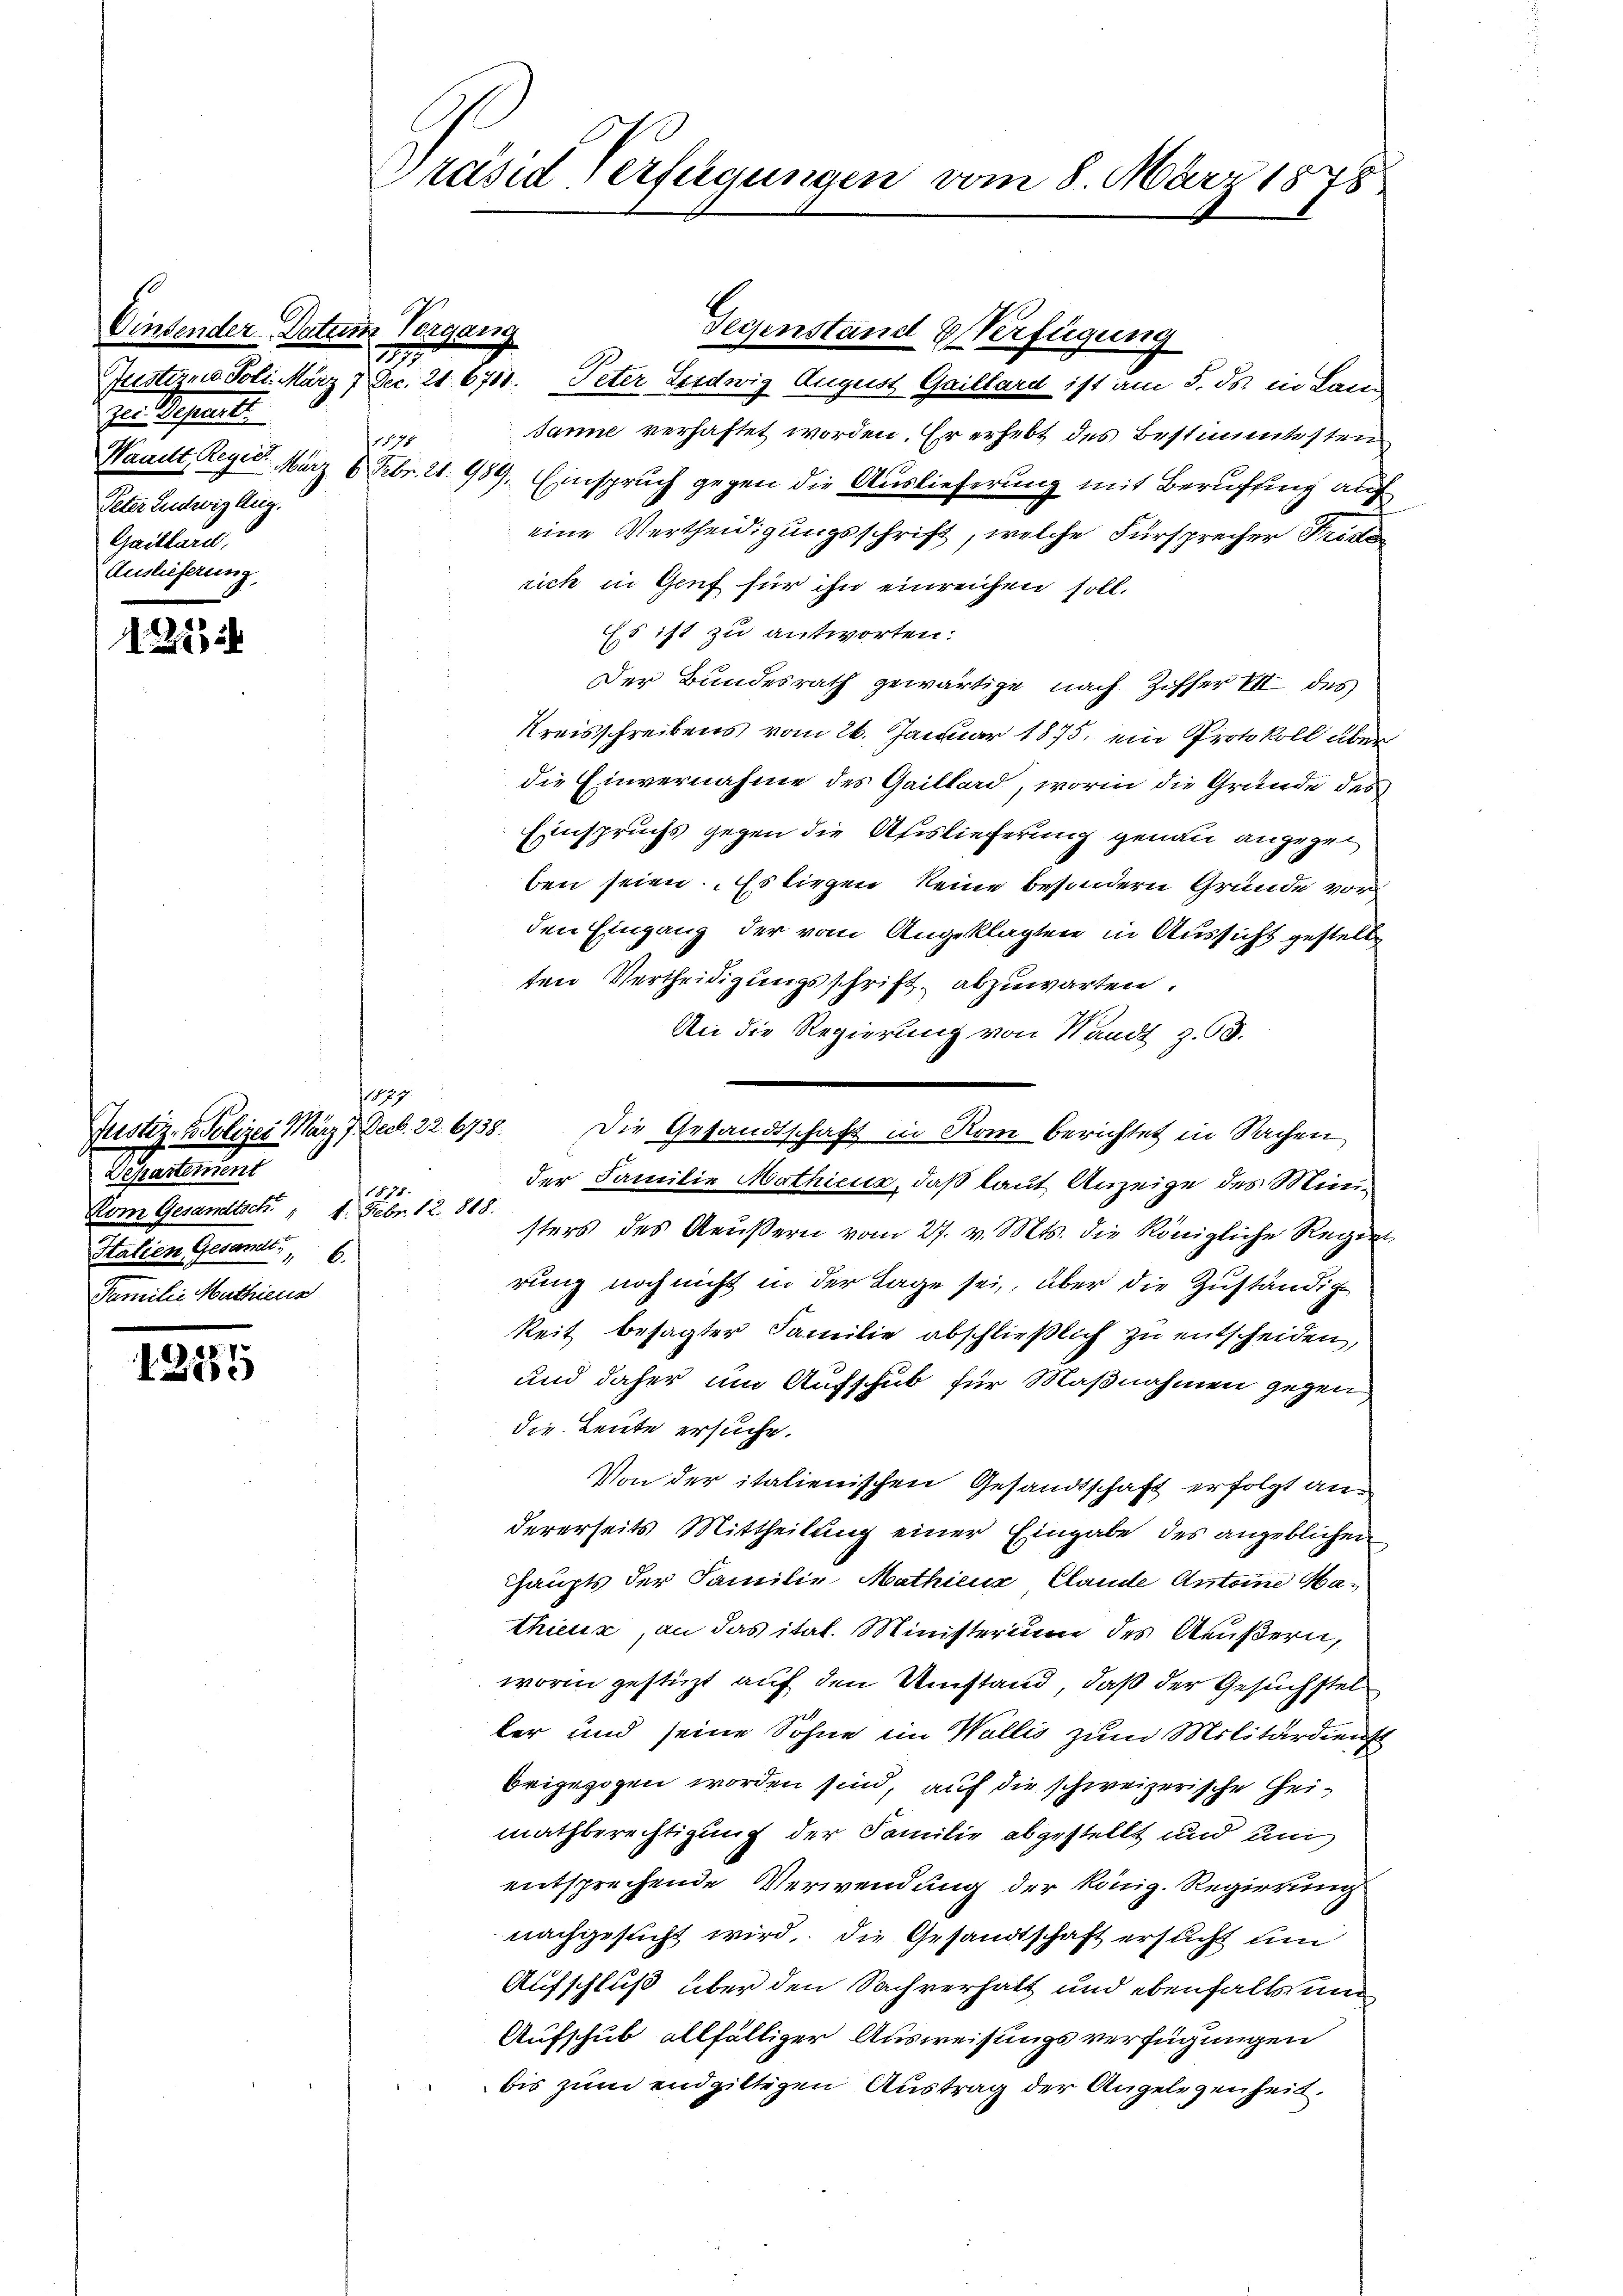
t
zu. Separt
 77
Peter Ludwig Aug.
Gaillard,
Auslieferung.

2

199
Departement
1878.
Vom Gesandtsch " 4. Febr. 12. 818.
Stalien Gesandt 6.
Familie Mathieus

1224

Präsid Verfügungen vom 8. März 1878

Begang
Justizme Joli. März 7 Dec. 21. 6711. Peter Leidwig August Gaillard ist am 5. ds. in Lan
sanne verhaftet worden. Er erhebt des Bestimmtesten
Waadt, Regel. März 6. Febr. 21. 989. Einspruch gegen die Auslieferung mit Berufung auf
eine Vertheidigungsschrift, welche Fürsprecher Frister
rich in Genf für ihn einreichen soll.
Es ist zu antworten.
Der Bundesrath gewärtige nach Ziffer VII des
Kreisschreibens vom 26. Januar 1875, ein Protokoll über
die Einvernahme des Gaillard, worin die Grunde des
Einspruchs gegen die Auslieferung genau angezei
ben seien. Es liegen keine besondern Gründe vor
den Eingang der vom Angeklagten in Aussicht gestell
ten Vertheidigungsschrift abzuwarten.
An die Regierung von Standt z. 65.
Justiz- & Polizei März 7. Decb. 226738. Die Gesandtschaft in Rom berichtet in Sachen
der Familie Mathiene, daß laut Anzeige des Ministers des Aeußern vom 27. v. Mts. die Königliche Regie
rung noch nicht in der Tage sei, über die Zuständig
keit besagter Familie abschließlich zu entscheiden,
und daher um Aufschub für Maßnahmen gegen
die Leute ersuche.
Von der italienischen Gesandtschaft erfolgt andererseits Mittheilung einer Eingabe des angeblichen
haupts der Familie Mathieux, Claude Antoine Mathieux, an das ital. Ministerium des Aeußern,
worin gestüzt auf den Umstand, daß der Gesuchstel
ler und seine Sohne im Wallis zum Militärdienst
beigezogen worden sind, auf die schweizerische Heimathberechtigung der Familie abgestellt und um
entsprechende Verwendung der König. Regierung
nachgesucht wird, die Gesandtschaft ersticht um
Aufschluß über den Sachverhalt und ebenfalls nun
Aufschub allfälliger Ausweisungsverfügungen
bis zum endgiltigen Austrag der Angelegenheit.

Gegenstand Verfügung